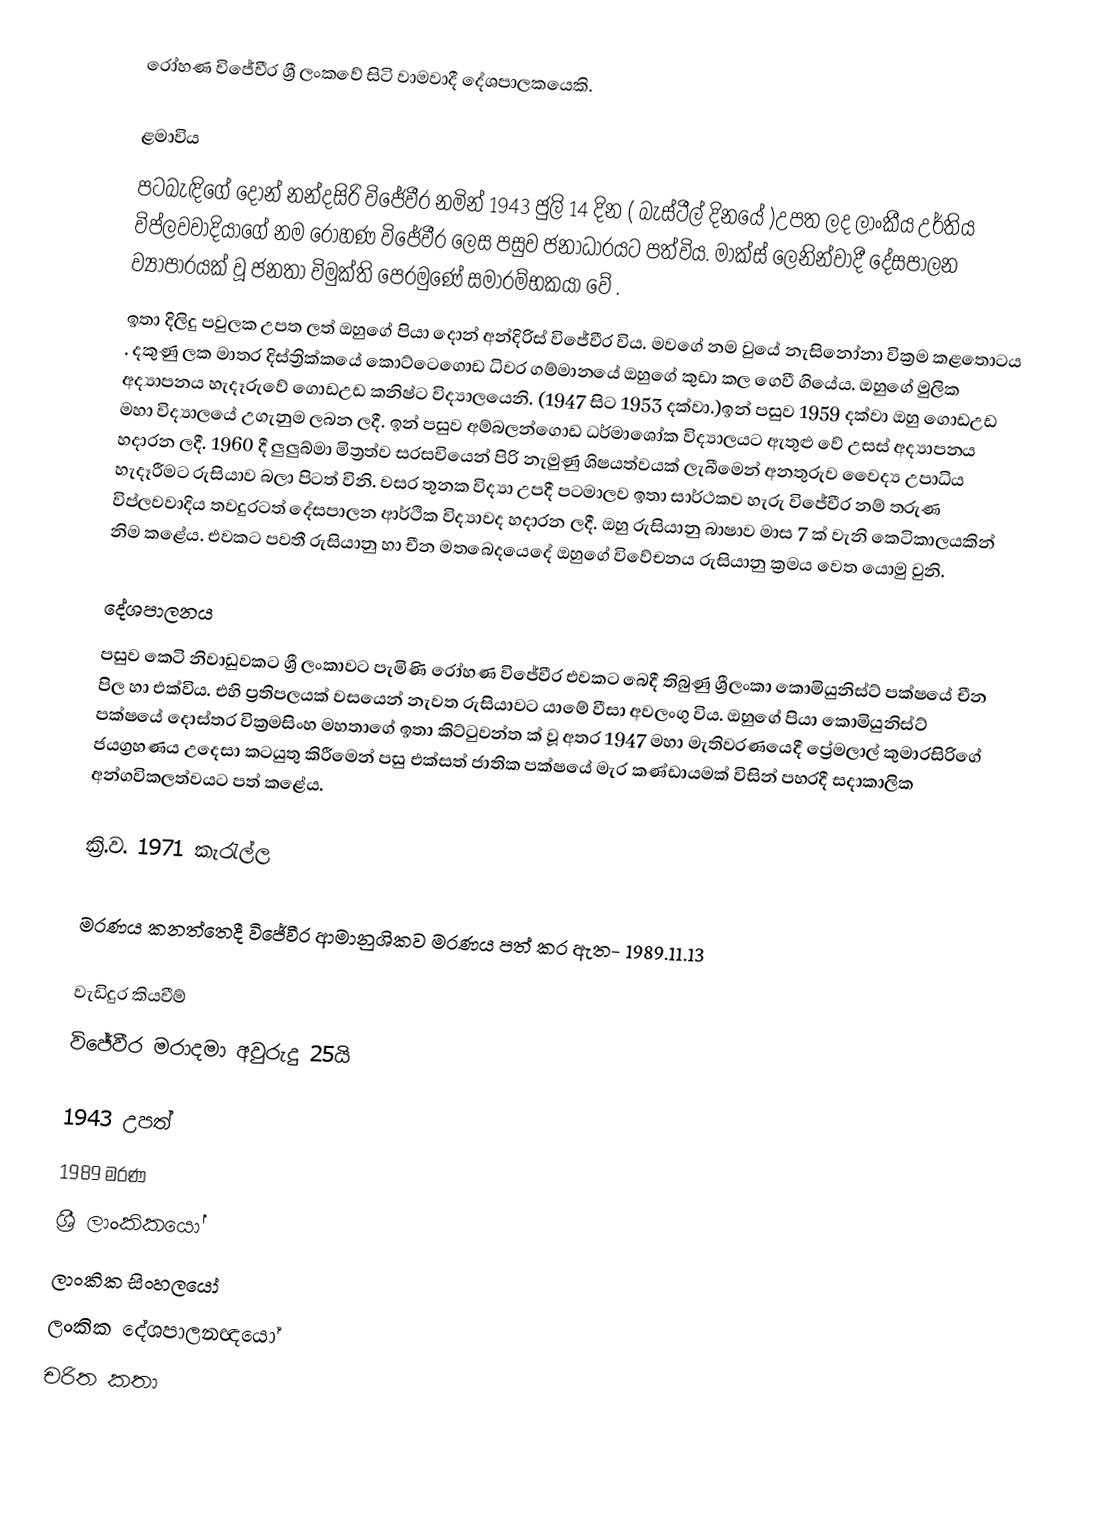
රෝහණ විජේවීර ශ්‍රී ලංකවේ සිටි වාමවාදී දේශපාලකයෙකි.

ළමාවිය
පටබැඳිගේ දොන් නන්දසිරි විජේවීර  නමින් 1943 ජුලි 14 දින ( බැස්ටීල් දිනයේ )උපත ලද ලාංකීය උර්තිය විප්ලවවාදියාගේ නම රෝහණ විජේවීර ලෙස පසුව ජනාධාරයට පත්විය. මාක්ස් ලෙනින්වාදී දේසපාලන ව්‍යාපාරයක් වූ ජනතා විමුක්ති පෙරමුණේ සමාරම්භකයා  වේ .
ඉතා දිලිදු පවුලක උපත ලත් ඔහුගේ පියා දොන් අන්දිරිස් විජේවීර විය. මවගේ නම වුයේ නැසිනෝනා වික්‍රම කළතොටය . දකුණු ලක මාතර දිස්ත්‍රික්කයේ කොට්ටෙගොඩ  ධිවර ගම්මානයේ ඔහුගේ කුඩා කල ගෙවී ගියේය. ඔහුගේ මුලික අද්‍යාපනය හැදෑරුවේ ගොඩඋඩ කනිෂ්ට විද්‍යාලයෙනි. (1947 සිට 1953 දක්වා.)ඉන් පසුව 1959 දක්වා ඔහු ගොඩඋඩ මහා විද්‍යාලයේ උගැනුම ලබන ලදී. ඉන් පසුව අම්බලන්ගොඩ ධර්මාශෝක විද්‍යාලයට ඇතුළු වේ උසස් අද්‍යාපනය හදාරන ලදී. 1960 දී  ලුලුබ්මා මිත්‍රත්ව සරසවියෙන් පිරි නැමුණු ශිෂයත්වයක් ලැබීමෙන් අනතුරුව වෛද්‍ය උපාධිය හැදෑරීමට රුසියාව බලා පිටත් විනි. වසර තුනක විද්‍යා උපදී පටමාලව ඉතා සාර්ථකව හැරු විජේවීර නම් තරුණ විප්ලවවාදිය තවදුරටත් දේසපාලන ආර්ථික විද්‍යාවද හදාරන ලදී.  ඔහු රුසියානු බාෂාව මාස 7 ක් වැනි කෙටිකාලයකින් නිම කළේය. එවකට පවතී රුසියානු හා චීන මතබෙදයෙදේ ඔහුගේ විවේචනය රුසියානු ක්‍රමය වෙත යොමු වුනි.

දේශපාලනය
පසුව කෙටි නිවාඩුවකට ශ්‍රී ලංකාවට පැමිණි රෝහණ විජේවීර එවකට බෙදී තිබුණු ශ්‍රීලංකා කොමියුනිස්ට් පක්ෂයේ චීන පිල හා එක්විය. එහි ප්‍රතිපලයක් වසයෙන් නැවත රුසියාවට යාමේ වීසා අවලංගු විය. ඔහුගේ පියා කොමියුනිස්ට් පක්ෂයේ දොස්තර වික්‍රමසිංහ මහතාගේ ඉතා කිට්ටුවන්ත ක් වූ  අතර 1947 මහා මැතිවරණයෙදී  ප්‍රේමලාල් කුමාරසිරිගේ ජයග්‍රහණය උදෙසා කටයුතු කිරීමෙන්  පසු එක්සත් ජාතික පක්ෂයේ මැර කණ්ඩායමක් විසින් පහරදී සදාකාලික අන්ගවිකලත්වයට පත් කළේය.

ක්‍රි.ව. 1971 කැරැල්ල

මරණය  කනත්තෙදී විජේවීර ආමානුශිකව මරණය පත් කර ඇත- 1989.11.13

වැඩිදුර කියවීම්
 විජේවීර මරාදමා අවුරුදු 25යි

1943 උපත්
1989 මරණ
ශ්‍රී ලාංකිකයෝ
ලාංකික සිංහලයෝ
ලංකික දේශපාලනඥයෝ
චරිත කතා